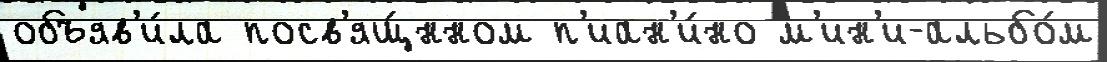
объяв'и́ла посв'ящ́нном п'иан'и́но м'ин'и-альбо́м